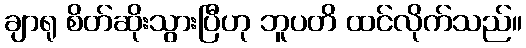
ချာရု စိတ်ဆိုးသွားပြီဟု ဘူပတိ ထင်လိုက်သည်။